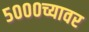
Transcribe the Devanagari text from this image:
५०००च्यावर